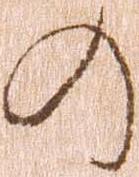
の